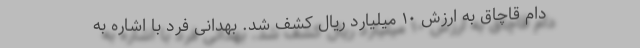
دام قاچاق به ارزش ۱۰ میلیارد ریال کشف شد. بهدانی فرد با اشاره به